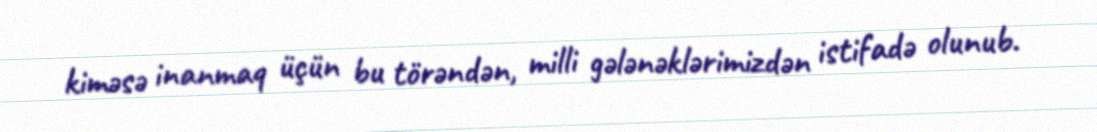
kiməsə inanmaq üçün bu törəndən, milli gələnəklərimizdən istifadə olunub.